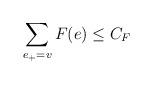
LaTeX: \begin{align*}\sum_{e_+=v} F(e)\le C_F\end{align*}